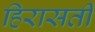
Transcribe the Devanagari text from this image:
हिरासती